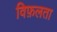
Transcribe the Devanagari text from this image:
विफ़लता